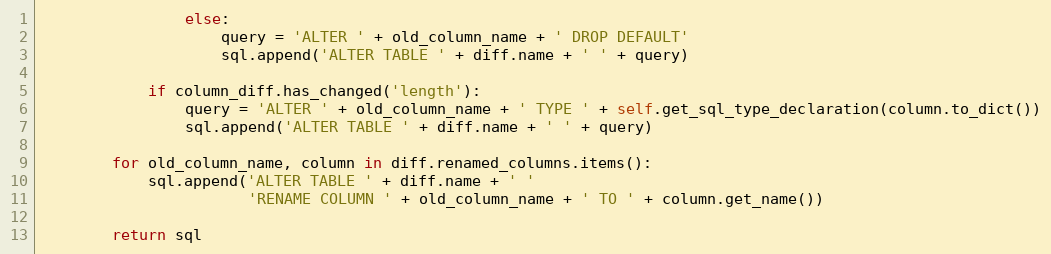
Language: Python
                else:
                    query = 'ALTER ' + old_column_name + ' DROP DEFAULT'
                    sql.append('ALTER TABLE ' + diff.name + ' ' + query)

            if column_diff.has_changed('length'):
                query = 'ALTER ' + old_column_name + ' TYPE ' + self.get_sql_type_declaration(column.to_dict())
                sql.append('ALTER TABLE ' + diff.name + ' ' + query)

        for old_column_name, column in diff.renamed_columns.items():
            sql.append('ALTER TABLE ' + diff.name + ' '
                       'RENAME COLUMN ' + old_column_name + ' TO ' + column.get_name())

        return sql